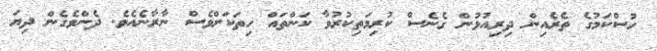
ހުސްކަމުގެ ތެރެއިން ދިރިއުޅުން ގެނެސް ކުރިމަތިކުރުވާ ކަންތައް ހިތަކަށްވެސް ނާރާނެއެވެ. ދެންވެގެން ދިޔަ